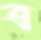
ত্র